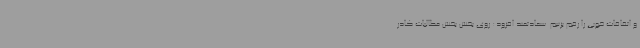
و اتفاقات خوبی را رقم بزنیم. سعادتمند افزود: روی بخش بخش مطالبات کادر